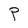
Character: P